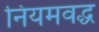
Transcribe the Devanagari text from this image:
नियमवद्ध